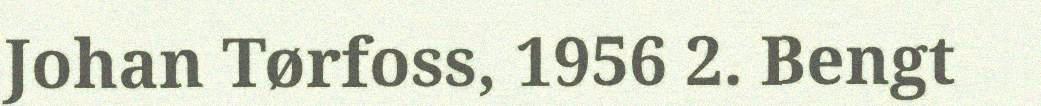
Johan Tørfoss, 1956 2. Bengt